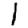
Digit: 1